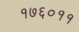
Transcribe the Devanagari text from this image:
१७६०११